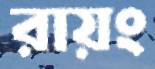
রায়ং